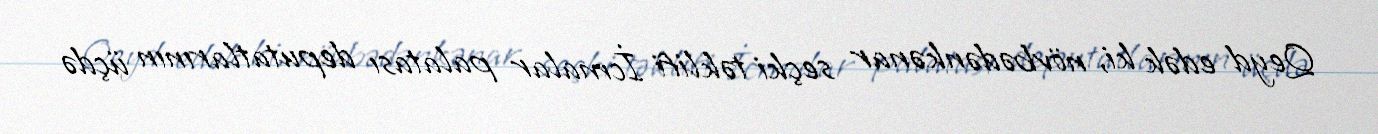
Qeyd edək ki, növbədənkənar seçki təklifi İcmalar palatası deputatlarının üçdə